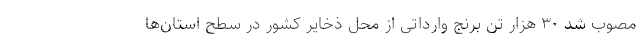
مصوب شد ۳۰ هزار تن برنج وارداتی از محل ذخایر کشور در سطح استان‌ها